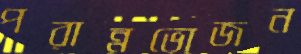
পরান্নভোজন